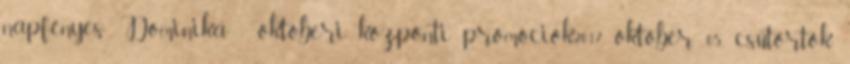
napfényes Dominika - októberi központi promóciók2017. október 05., csütörtök